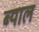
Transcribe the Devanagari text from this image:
ब्‍याल